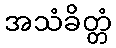
အသံခိတ္တံ